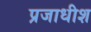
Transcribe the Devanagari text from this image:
प्रजाधीश